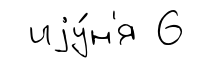
иjу́н'я 6